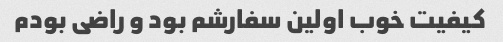
کیفیت خوب اولین سفارشم بود و راضی بودم